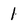
Character: 1